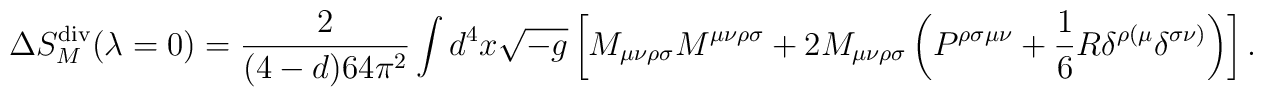
\Delta S_M^{\rm div}(\lambda=0) = \frac{2}{(4-d) 64 \pi^2} \int d^4x \sqrt{-g}\left[M_{\mu\nu\rho\sigma} M^{\mu\nu\rho\sigma} + 2  M_{\mu\nu\rho\sigma}  \left( P^{\rho\sigma\mu\nu} + \frac{1}{6} R \delta^{\rho(\mu} \delta^{\sigma\nu)} \right) \right] .